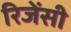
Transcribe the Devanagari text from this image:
रिजेंसी